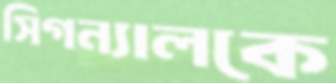
সিগন্যালকে